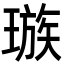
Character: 𪼕